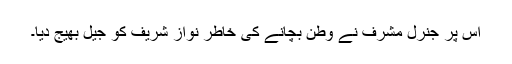
اس پر جنرل مشرف نے وطن بچانے کی خاطر نواز شریف کو جیل بھیج دیا۔